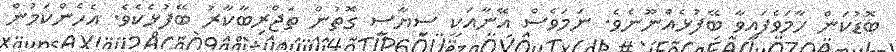
ބޮޑުކަން ހާމަވެފައިވާ ބޭފުޅެއްނޫނެވެ. ނަމަވެސް އޭނާއަކީ ސިޔާސީ ގޮތުން ތަޖްރިބާކާރު ބޭފުޅެކެވެ. އެހެންކަމުން